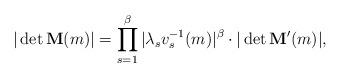
LaTeX: \begin{align*}|\det {\bf M}(m)|=\prod_{s=1}^\beta|\lambda_sv_s^{-1}(m)|^\beta\cdot |\det {\bf M}'(m)|,\end{align*}